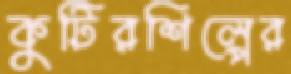
কুটিরশিল্পের